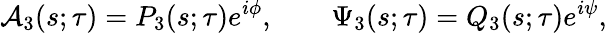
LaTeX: {\cal A}_{3}{\left(s;\tau\right)}=P_{3}{\left(s;\tau\right)}e^{i\phi},\qquad\Psi_{3}{\left(s;\tau\right)}=Q_{3}{\left(s;\tau\right)}e^{i\psi},